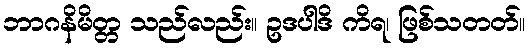
ဘာဂနိမိတ္တ သည်လည်း။ ဥဒပါဒိ ကိရ၊ ဖြစ်သတတ်။